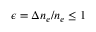
\epsilon = \Delta n _ { e } / n _ { e } \leq 1